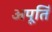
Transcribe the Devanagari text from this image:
अपूर्ति